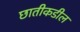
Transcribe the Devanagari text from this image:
छातीकडील